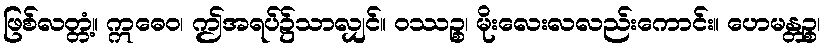
ဖြစ်လတ္တံ့။ ဣဓေဝ၊ ဤအရပ်၌သာလျှင်။ ဝဿဉ္စ၊ မိုးလေးလလည်းကောင်း။ ဟေမန္တဉ္စ၊